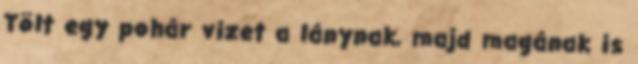
Tölt egy pohár vizet a lánynak, majd magának is